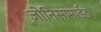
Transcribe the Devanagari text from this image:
ज़ोनिसामाईड